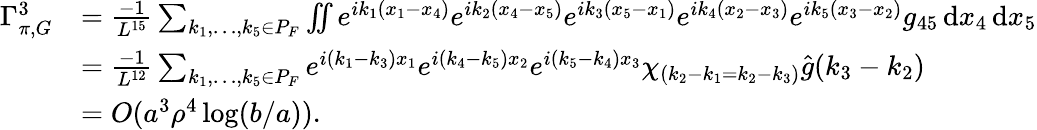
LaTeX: \begin{array}{rl}{\Gamma_{\pi,G}^{3}}&{=\frac{-1}{L^{15}}\sum_{k_{1},\ldots,k_{5}\in P_{F}}\iint e^{ik_{1}(x_{1}-x_{4})}e^{ik_{2}(x_{4}-x_{5})}e^{ik_{3}(x_{5}-x_{1})}e^{ik_{4}(x_{2}-x_{3})}e^{ik_{5}(x_{3}-x_{2})}g_{45}\, \textnormal{d}x_{4}\, \textnormal{d}x_{5}}\\ &{=\frac{-1}{L^{12}}\sum_{k_{1},\ldots,k_{5}\in P_{F}}e^{i(k_{1}-k_{3})x_{1}}e^{i(k_{4}-k_{5})x_{2}}e^{i(k_{5}-k_{4})x_{3}}\chi_{(k_{2}-k_{1}=k_{2}-k_{3})}\hat{g}(k_{3}-k_{2})}\\ &{=O(a^{3}\rho^{4}\log(b/a)).}\end{array}